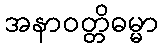
အနာဝတ္တိဓမ္မာ